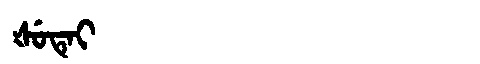
Manchu: ᡧᡠᡨᡝᡳ
Romanization: ŠUTEI